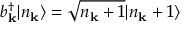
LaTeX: b _ { \mathbf { k } } ^ { \dagger } | n _ { \mathbf { k } } \rangle = { \sqrt { n _ { \mathbf { k } } + 1 } } | n _ { \mathbf { k } } + 1 \rangle